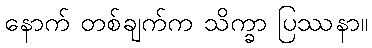
နောက် တစ်ချက်က သိက္ခာ ပြဿနာ။